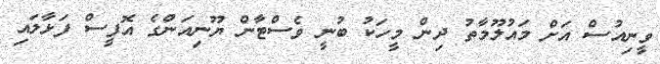
ވީނިއުސް އަށް މައުލޫމާތު ދިން މީހަކު ބުނީ ވެސްޓާން ޔޫނިއަންގެ އޮފީސް ފަޅާލައި